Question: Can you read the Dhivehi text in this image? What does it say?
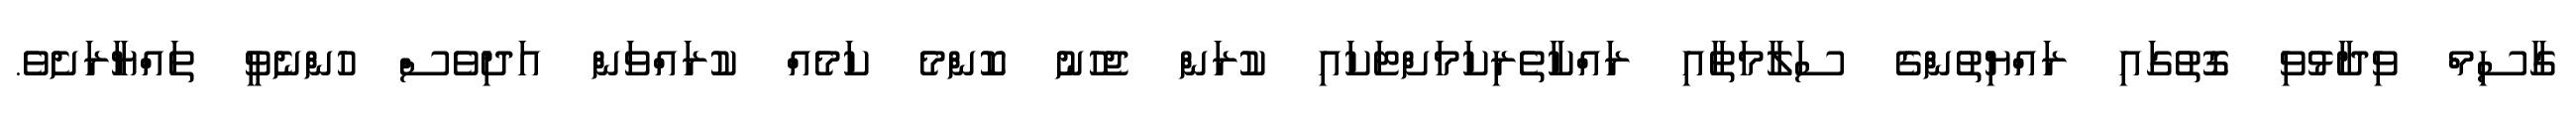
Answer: ގާސިމް ވިދާޅުވި ގޮތުގައި ރައްޔިތުންގެ ސަލާމަތާއި ރައްކާތެރިކަމަށްޓަކައި ކުރަން ޖެހުނު ކޮންމެ ކަމެއް ކުރައްވަން އަދިވެސް ހުންނެވީ ތައްޔާރަށެވެ.